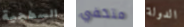
السطحية متخفي الدولة